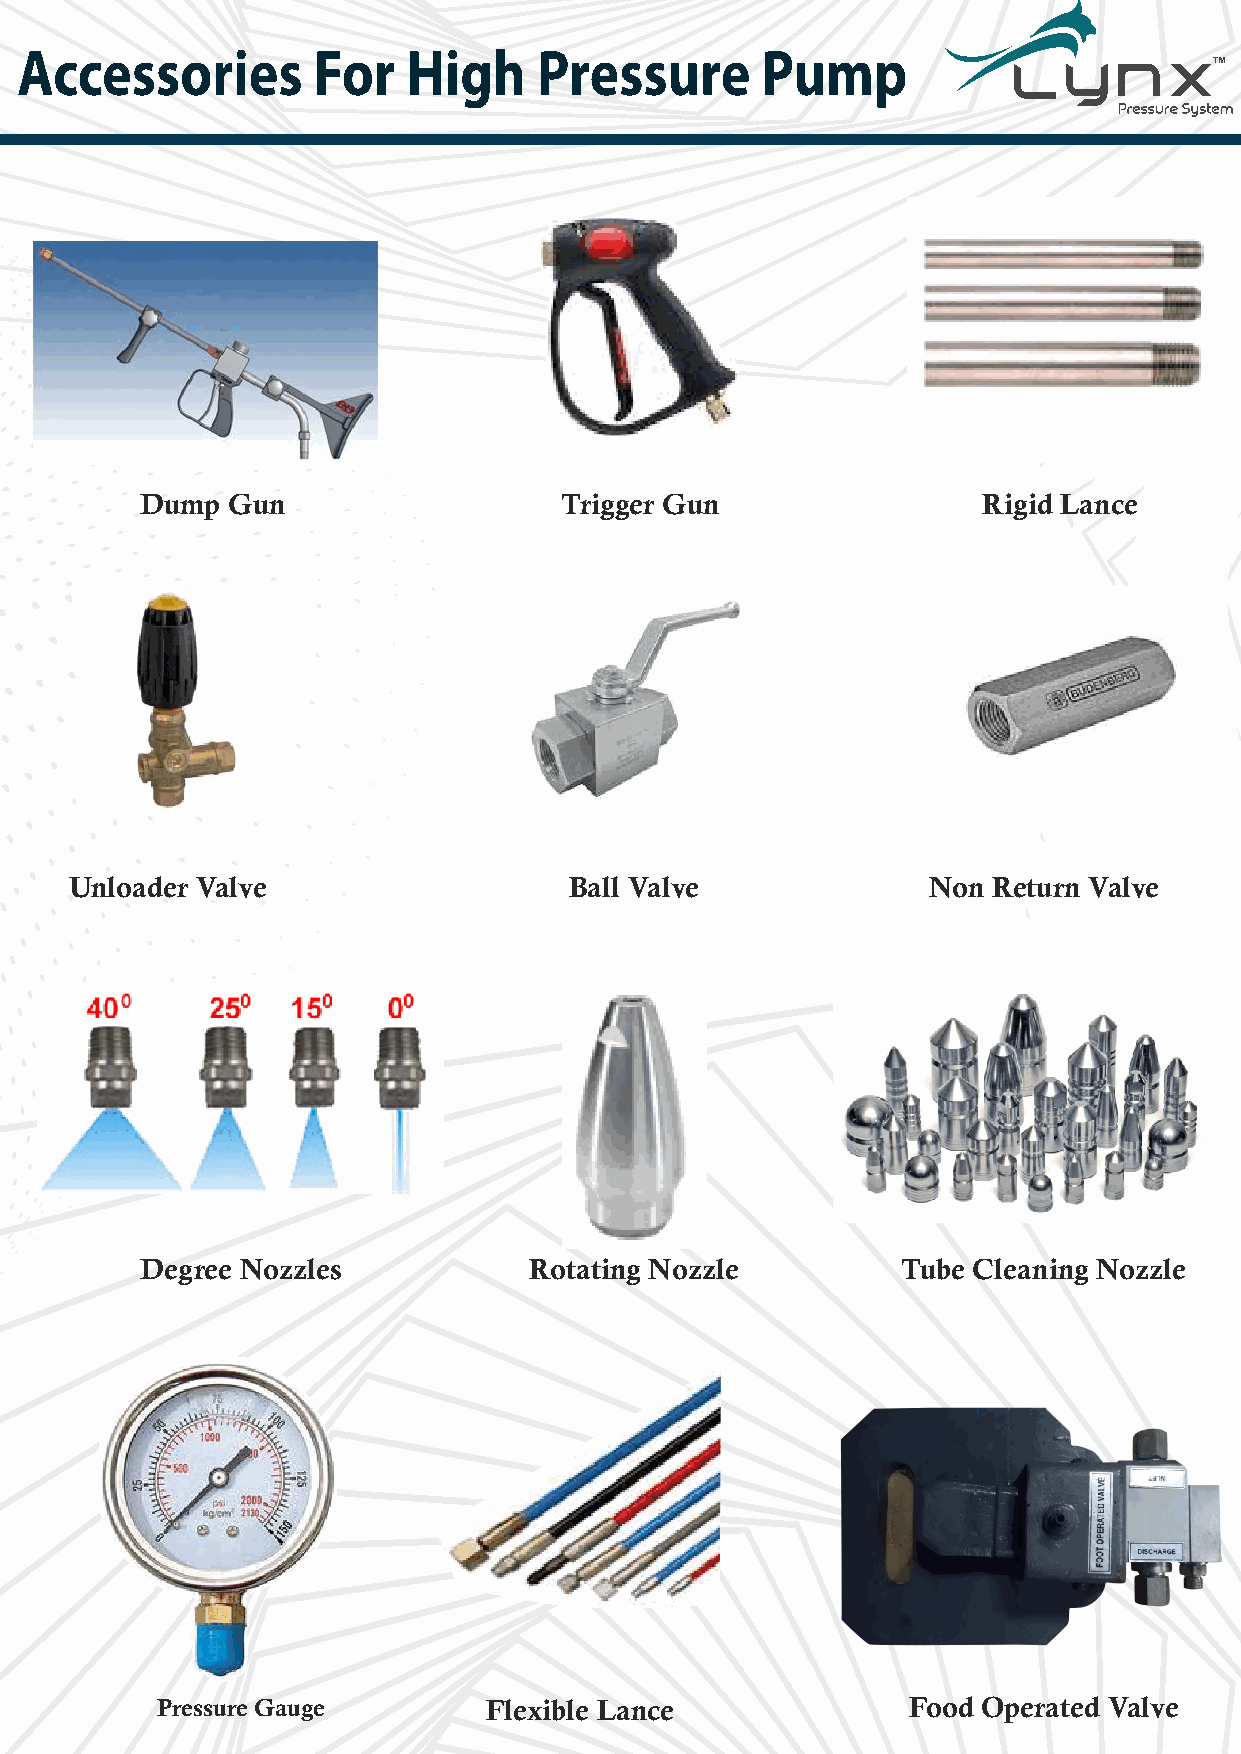
Accessories         For   High     Pressure      Pump
 Dump  Gun                   Trigger Gun                 Rigid Lance
 Unloader Valve                   Ball Valve             Non  Return Valve
 Degree Nozzles            Rotating Nozzle          Tube Cleaning Nozzle
 Pressure Gauge        Flexible Lance              Food Operated Valve